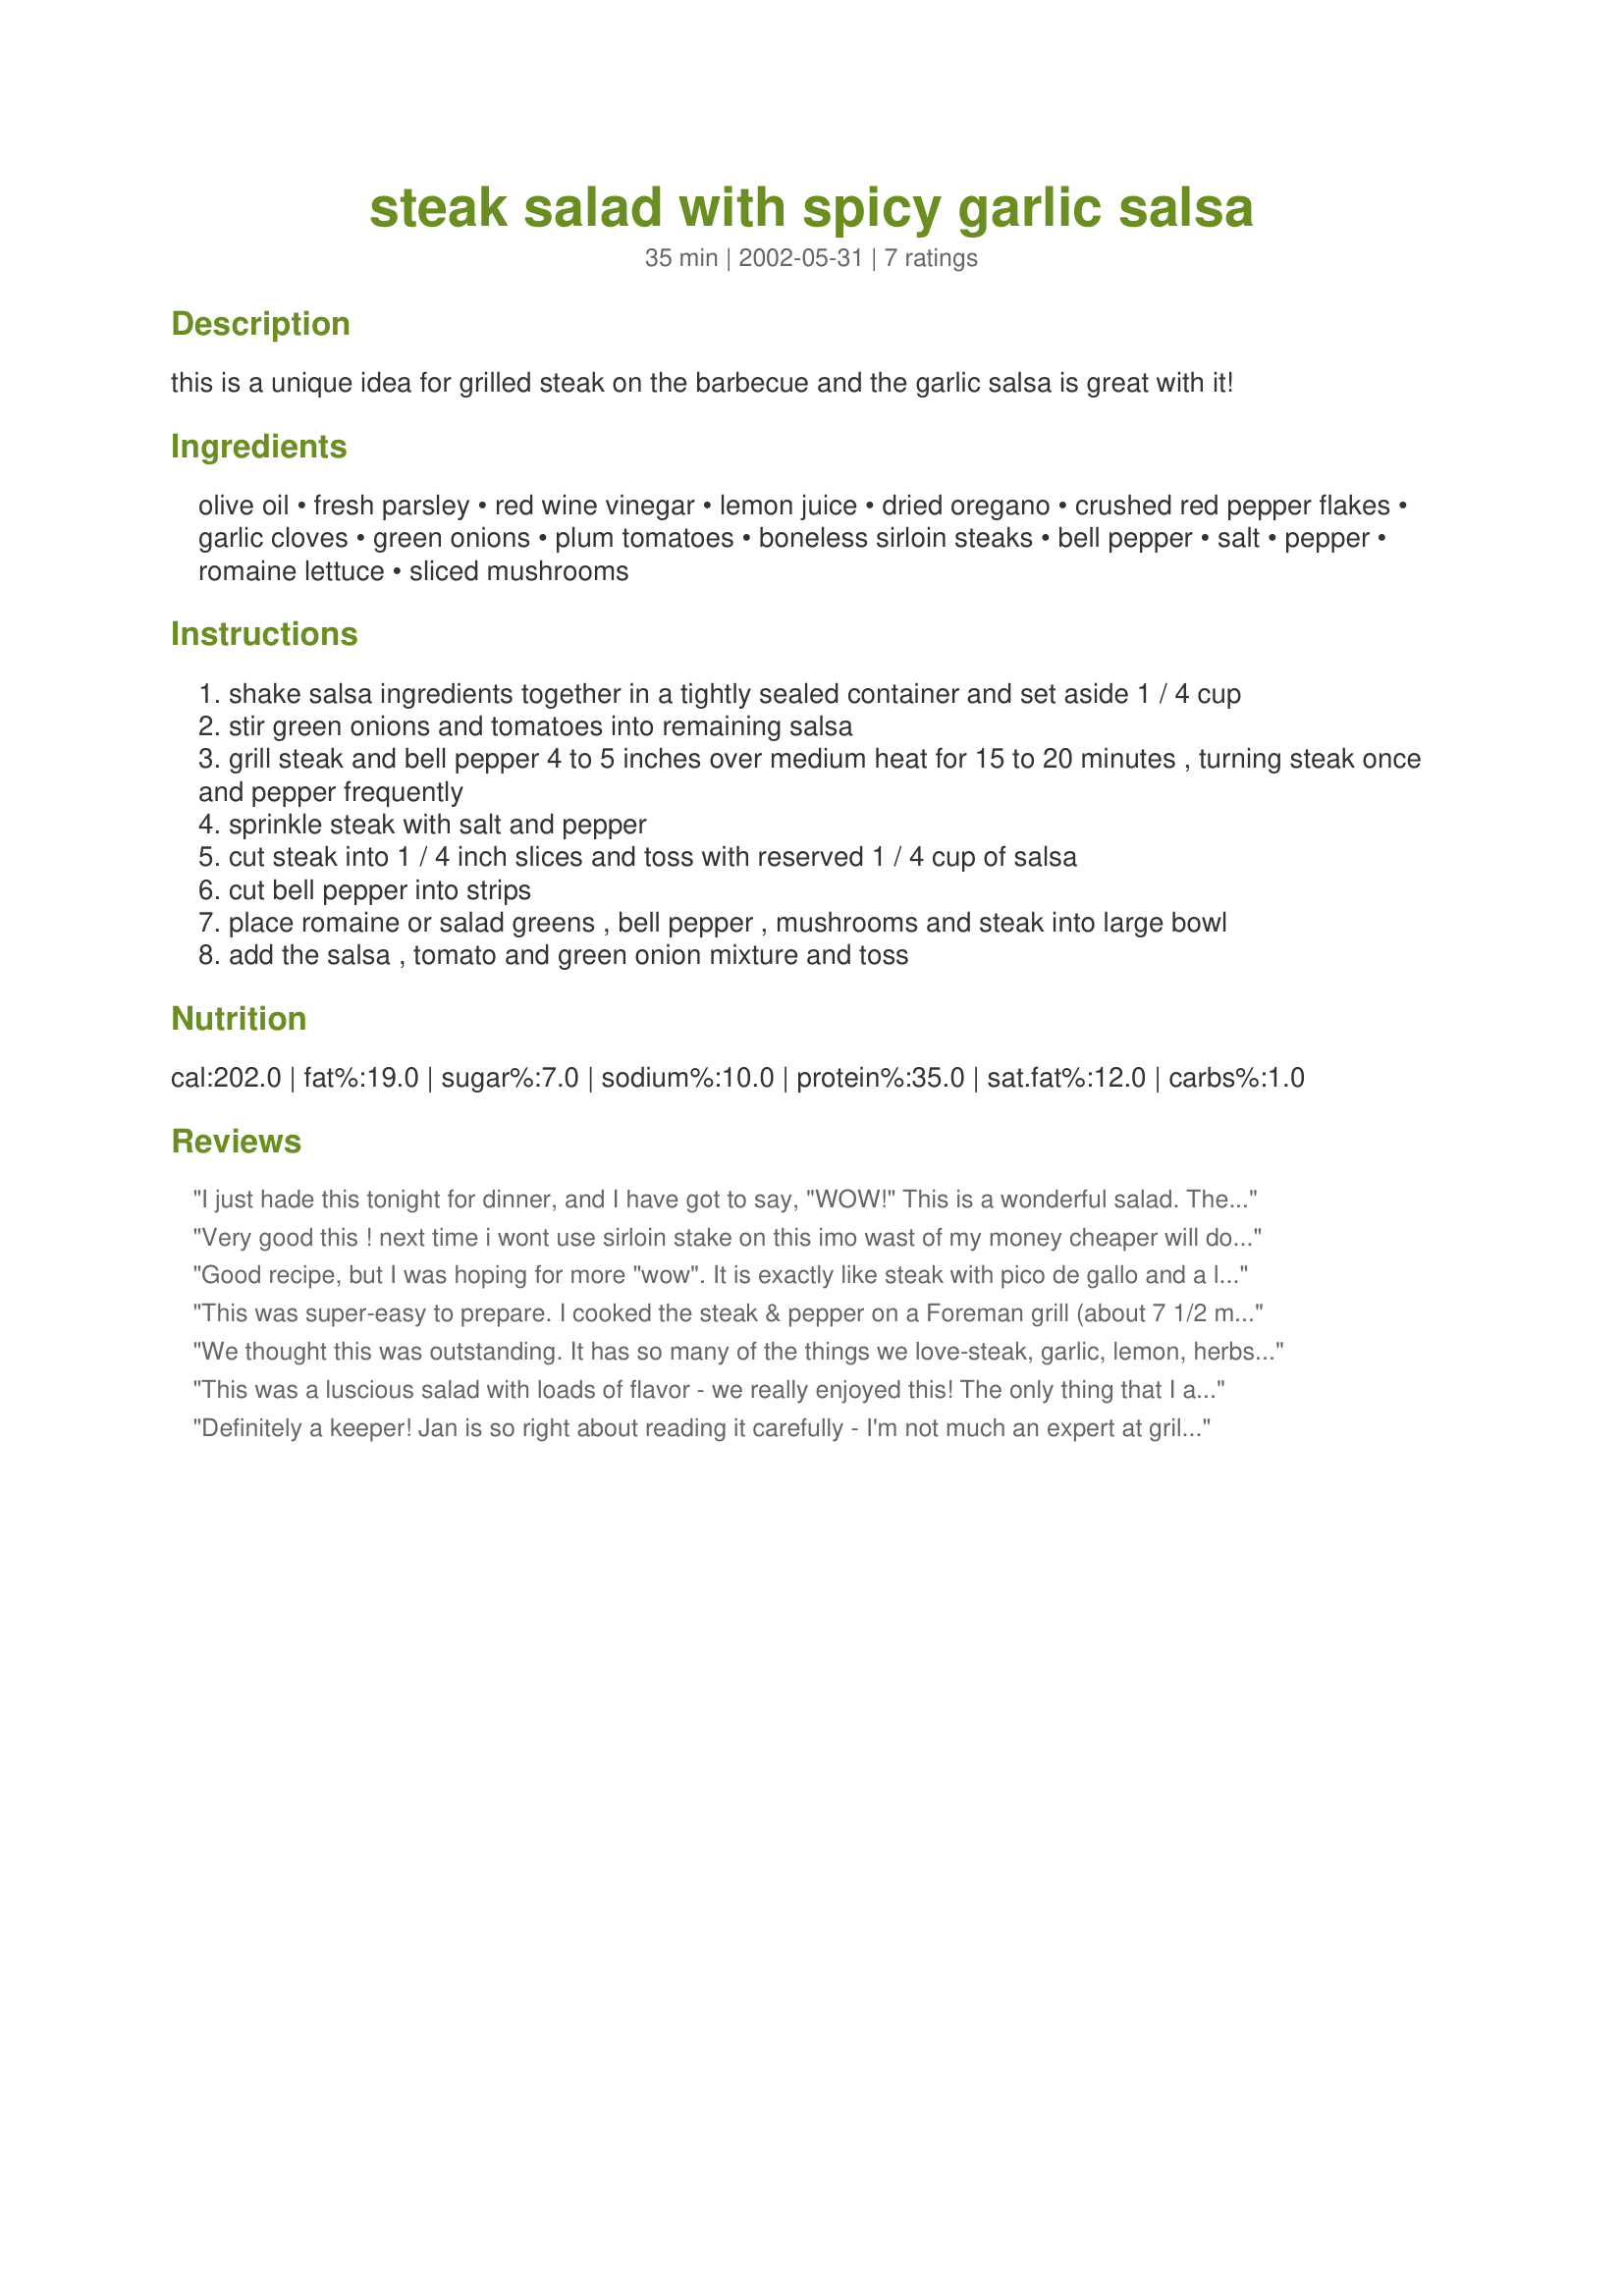
steak salad with spicy garlic salsa
Preparation time: 35 minutes

this is a unique idea for grilled steak on the barbecue and the garlic salsa is great with it!

Ingredients:
olive oil, fresh parsley, red wine vinegar, lemon juice, dried oregano, crushed red pepper flakes, garlic cloves, green onions, plum tomatoes, boneless sirloin steaks, bell pepper, salt, pepper, romaine lettuce, sliced mushrooms

Steps:
shake salsa ingredients together in a tightly sealed container and set aside 1 / 4 cup
stir green onions and tomatoes into remaining salsa
grill steak and bell pepper 4 to 5 inches over medium heat for 15 to 20 minutes , turning steak once and pepper frequently
sprinkle steak with salt and pepper
cut steak into 1 / 4 inch slices and toss with reserved 1 / 4 cup of salsa
cut bell pepper into strips
place romaine or salad greens , bell pepper , mushrooms and steak into large bowl
add the salsa , tomato and green onion mixture and toss

Reviews:
I just hade this tonight for dinner, and I have got to say, "WOW!" This is a wonderful salad. The ingriedents go perfect with each other. I broiled the steaks with the mushrooms and peppers, added onion, used balsalmic vinegar instead of lemon juice, added salt and pepper, and ate it all up!!! My father loved it too. He is on a low carb diet, so this was perfect for him. I quote his review for him, "It's big, It's gone all the right ingriedents, and it's all mine!" lol. Thank you for posting. I will be making this again. :)
Very good this ! next time i wont use
sirloin stake on this imo wast of my money cheaper will do fine, Thanks for posting!!
Good recipe, but I was hoping for more "wow". It is exactly like steak with pico de gallo and a lettuce salad (but with extra oil) - I think I was hoping for more of a chimichurri flavor.
This was super-easy to prepare. I cooked the steak & pepper on a Foreman grill (about 7 1/2 min. for both, then left the peppers in the grill while I sliced the steak). I had "lettuce issues" so I ended up using green leaf, and I discovered at the last minute that I was out of red wine vinegar so I had to use cider vinegar. Probably affected the taste a bit, but not too much. I used london broil and added the optional mushrooms. I thought it was good. Hubby didn't want the lettuce and the kids wanted more "sauce" (ie. dressing). This isn't a keeper for us.
We thought this was outstanding. It has so many of the things we love-steak, garlic, lemon, herbs-all dished up in on of our favourite ways, a warm salad. The recipe needs to be read carefully, as there seems to be lots of steps in lots of places, but it all falls into place once you begin, and is more than worth it!
We used the mushrooms, but as I loathe raw mushrooms, so we barbequed them too.
This was a luscious salad with loads of flavor - we really enjoyed this! The only thing that I added was some shredded cheese, which was a nice touch; otherwise, I made it exactly as directed, and it was perfect. This is also a salad that one could experiment with, by adding beans or diced green chiles. I also loved that it is a wonderful low-carb main-dish salad. We will definitely be making this again! Thanks for a great recipe!
Definitely a keeper! Jan is so right about reading it carefully - I'm not much an expert at grilling, and I forgot to pepper the steaks "frequently" - but this still tastes awesome!!! Keeps the kitchen cool in the summer, too - something that's very important when living in the southern CA desert!
